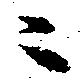
ニ